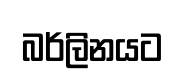
බර්ලිනයට